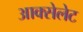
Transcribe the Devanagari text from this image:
आक्सेलेट